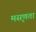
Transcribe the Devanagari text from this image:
मसृणता